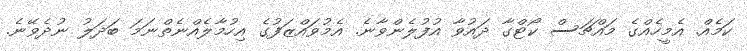
ކަމެއް. އެމީހެއްގެ މައްޗަސް ކޯޓްގާ ދައުވާ އުފުލެންވާނެ. އެމުވައްޒަފުގެ އިހުމާލެއްނެތްނަމަ ބަދަލު ނުދެވޭނެ.